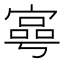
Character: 𡪑